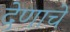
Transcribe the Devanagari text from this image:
देणाचे